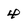
Character: 4